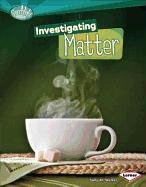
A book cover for Investigating Matter (Searchlight Books: How Does Energy Work?); Sally M. Walker; Children's Books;